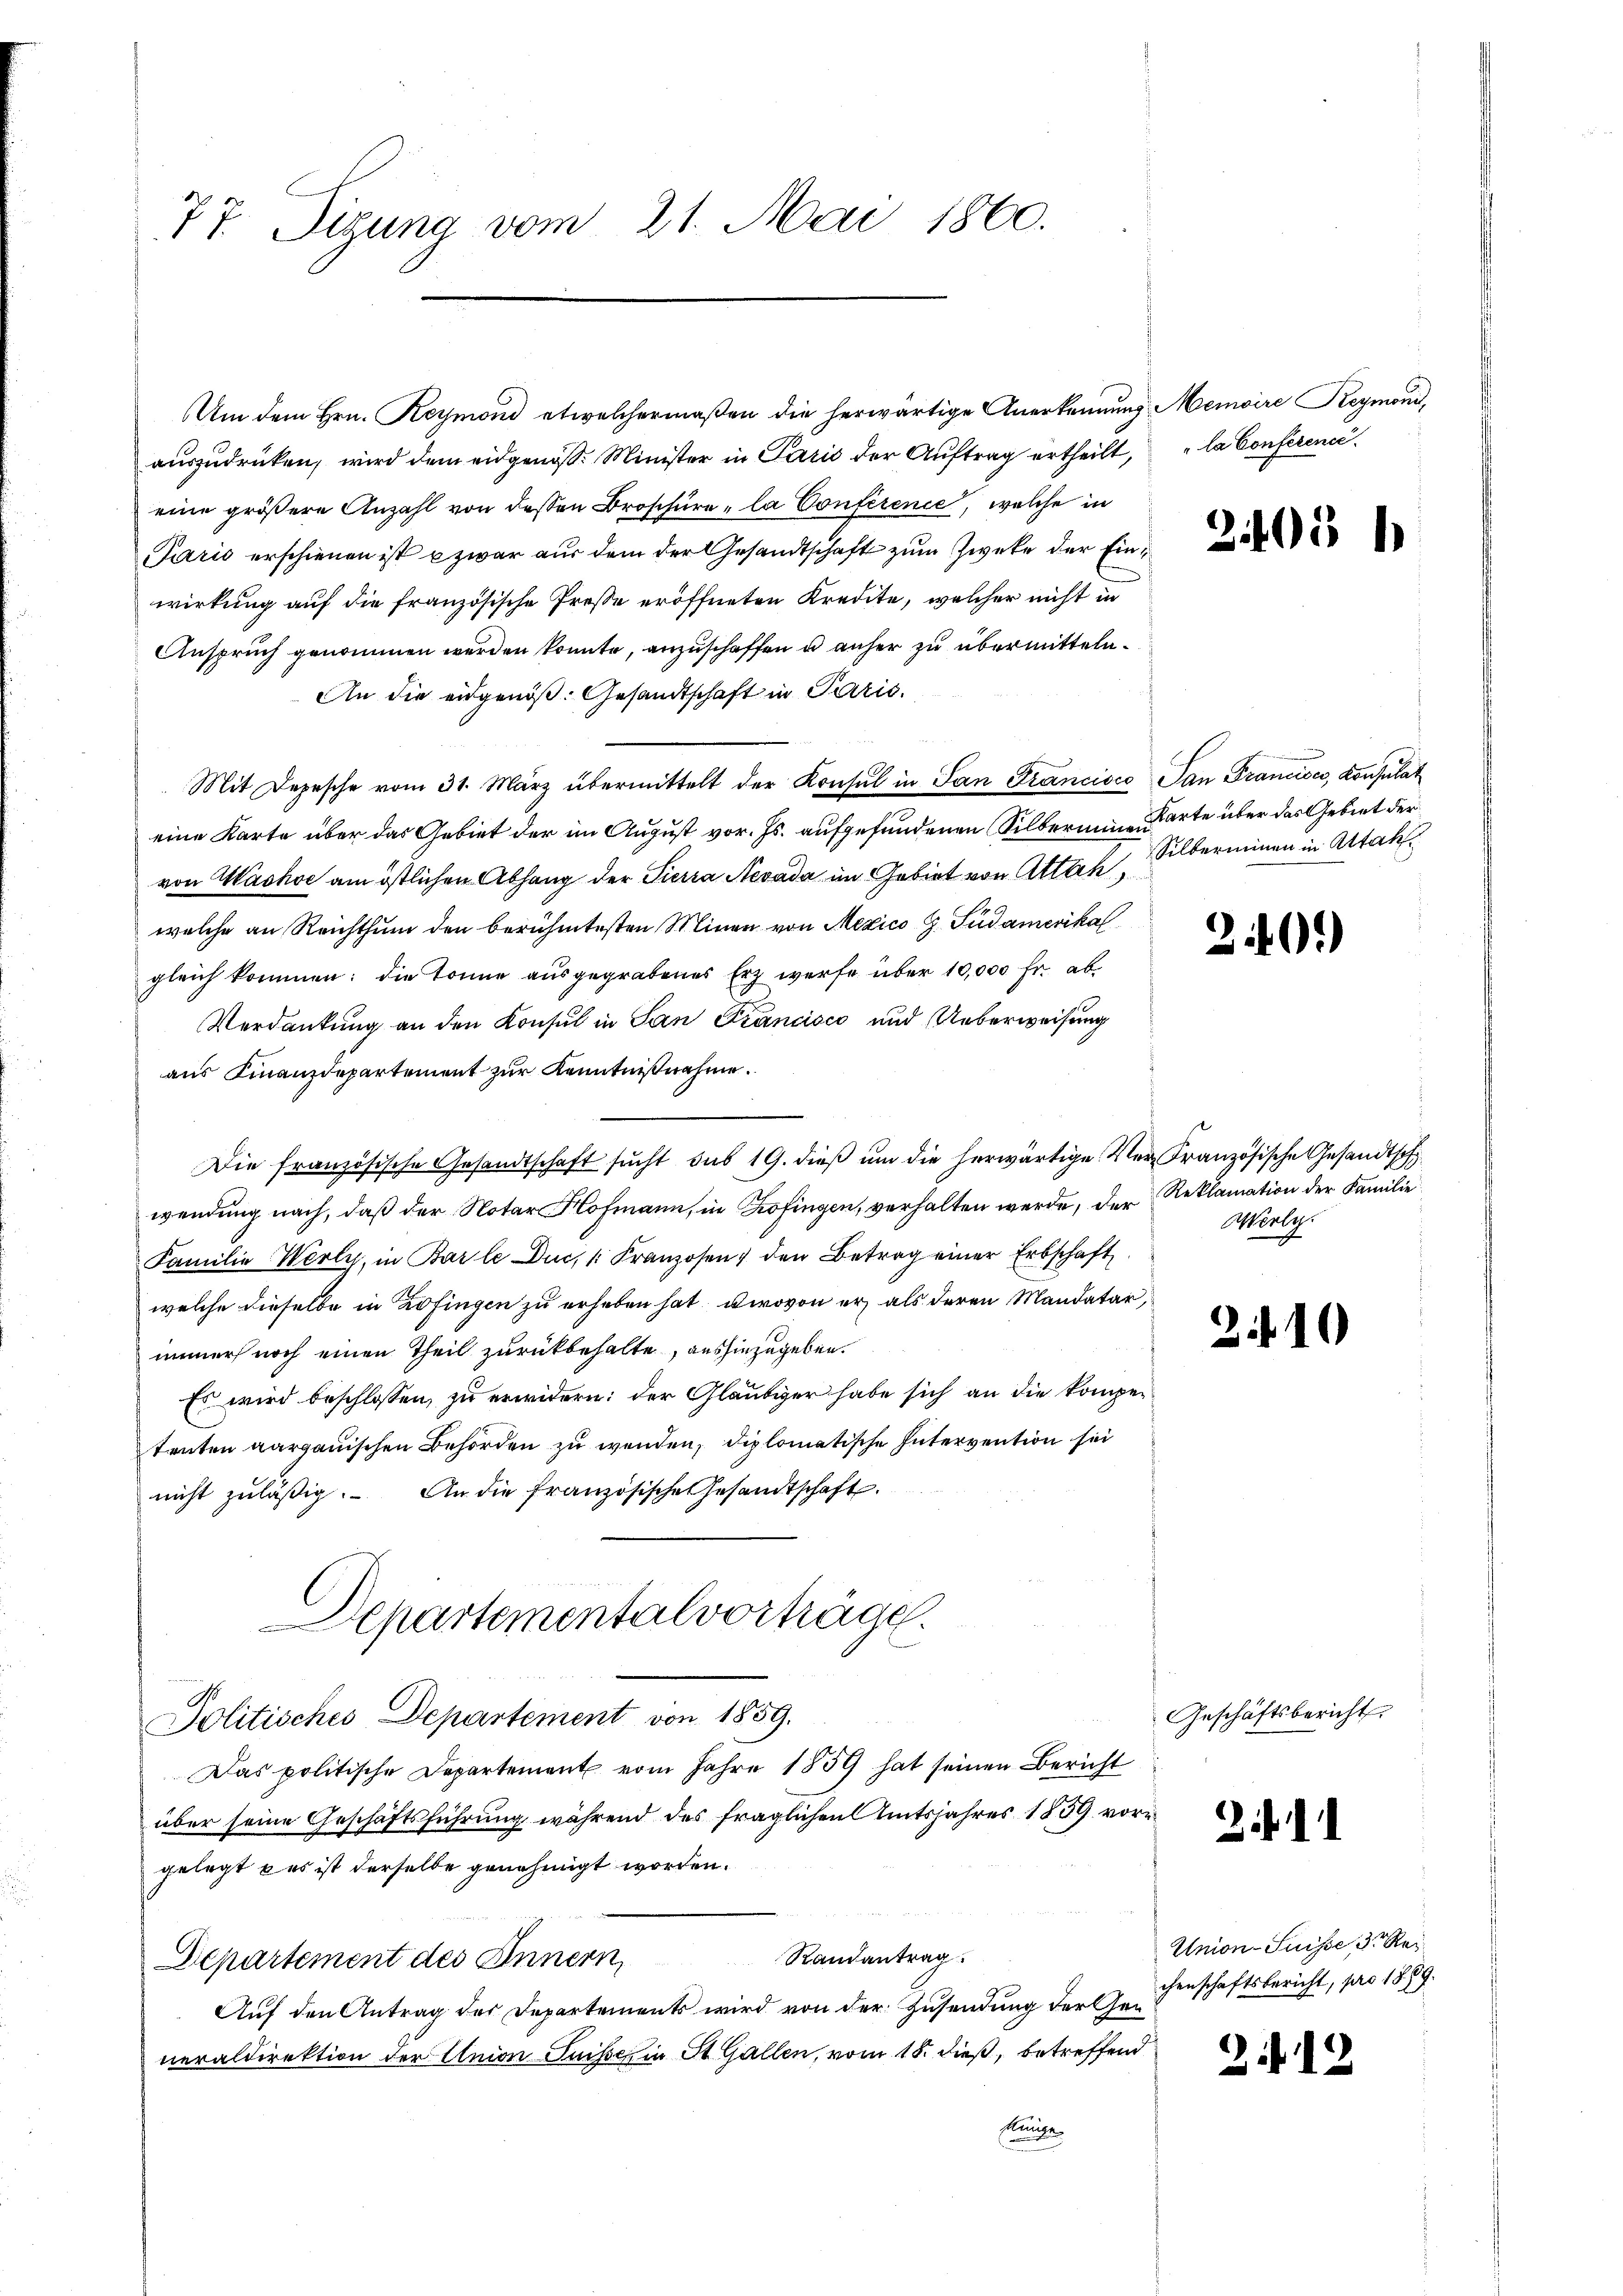
77. Sigung vom 21. Mai 1860.

Um dem Hrn. Reymond etwelchermaßen die herwärtige Anerkennung Memoire Reymond,
auszudrücken, wird dem eidgenöss. Minister in Paris der Auftrag ertheilt, la Conference
eine größere Anzahl von dessen Broschüre, la Conference, welche in
Paris erschienen ist u zwar aus dem der Gesandtschaft zum Zweke der Einwirkung auf die französische Presse eröffneten Kredite, welcher nicht in
Anspruch genommen werden könnte, anzuschaffen u anher zu übermitteln.
An die eidgenöß. Gesandtschaft in Parić.
Mit Depesche vom 31. März übermittelt der Konsul in San Francisco San Francisco, Konsulat
eine Karte über das Gebiet der im August vor. Js. aufgefundenen Silbermine Karte über das Gebiet der
von Wachse am östlichen Abhang der Pierra Nevada im Gebiet von Attack,
welche an Reichthum den berühmtesten Minen von Mexico G. Südamerikal
gleich kommen: die könne ausgegrabenes Erz werfe über 10,000 Fr. ab
Verdankung an den Konsul in San Francisco und Ueberweisung
aus Finanzdepartement zur Kenntnißnahme.
Die französische Gesandtschaft sŭcht das 19. dieβ ŭm die herwärtige Ver-Französische Gesandtsch
wendung nach, daß der Notar Hofmann, in Zofingen, verhalten werde, der Reklamation der Familie
Familie Werly, in Barle Duc, Franzosen den Betrag einer Erbschaft
welche dieselbe in Zofingen zu erheben hat, wovon er, als deren Mandatar,
immer noch einen Theil zurückbehalte, aushinzugeben.
Es wird beschlossen, zu erwidern: der Gläubiger habe sich an die kompetenten aargauischen Behörden zu werden, diplomatische Intervention sei
nicht zuläßig. An die französische Gesandtschaft.
Departemental vorträge.
Politisches Departement von 1859.
Das politische Departement vom Jahre 1839 hat seinen Bericht
über seine Geschäftsführung während des fraglichen Amtsjahres 1839 vorgelegt es ist derselbe genehmigt worden.
Randantrag
Departement des Innern,
Auf den Antrag der Departements wird von der Zusendung der Gen
neraldirektion der Union Suisser in St. Gallen, vom 18. dieß, betreffend
kunge

2405

.
Silberminen in Attah

20.)

Wirly.

2.10

Geschäftsbericht.

i.

Union-Suisse der Rei
chenschaftsbericht, pro 1889.

212